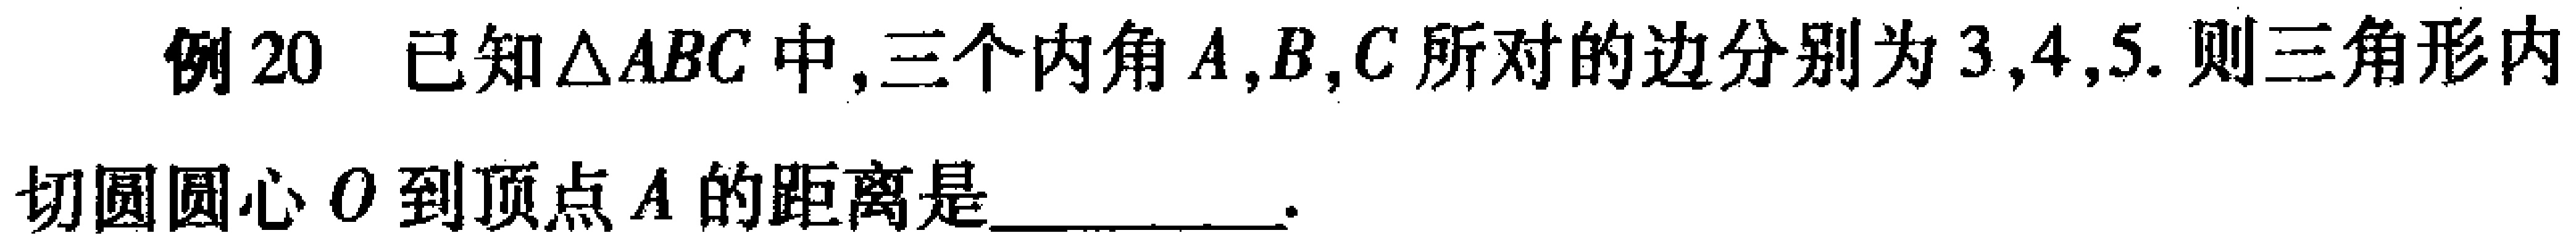
例20 已知\(\triangle ABC\)中,三个内角\(A,B,C\)所对的边分别为\(3,4,5\). 则三角形内\\切圆圆心\(O\)到顶点\(A\)的距离是_________.